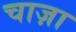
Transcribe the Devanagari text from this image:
चाज़ा